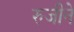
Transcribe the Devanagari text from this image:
रुजीने